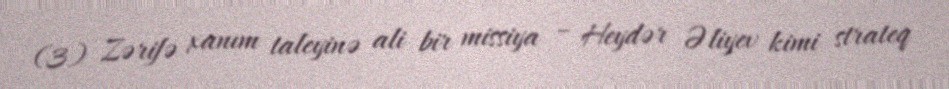
(3) Zərifə xanım taleyinə ali bir missiya – Heydər Əliyev kimi strateq